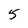
Character: 5